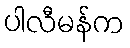
ပါလီမန်က